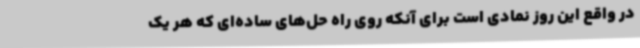
در واقع این روز نمادی است برای آنکه روی راه حل‌های ساده‌ای که هر یک